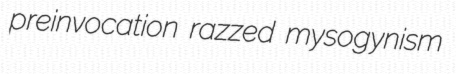
preinvocation razzed mysogynism